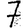
Digit: 7